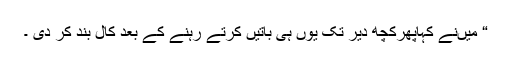
“ میںنے کہاپھرکچھ دیر تک یوں ہی باتیں کرتے رہنے کے بعد کال بند کر دی ۔